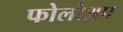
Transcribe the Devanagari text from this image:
फोलोअप